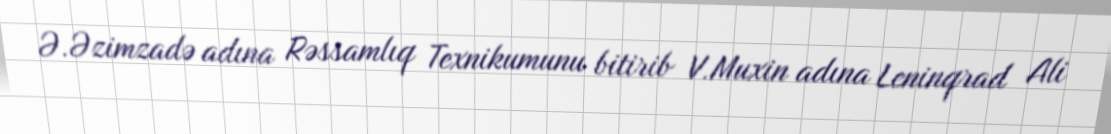
Ə.Əzimzadə adına Rəssamlıq Texnikumunu bitirib V.Muxin adına Leninqrad Ali